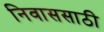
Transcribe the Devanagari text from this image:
निवाससाठी